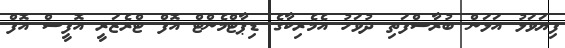
ފިޔަވަޅު އަޅަން ބުރާސްފަތި ދުވަހު އެމެރިކާގެ ޑިޕާޓްމެންޓް އޮފް ޓްރެޒަރީ އޮފީސް އޮފް